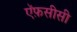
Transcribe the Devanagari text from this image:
ऍफ़सीसी